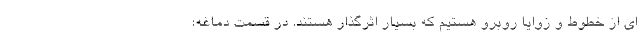
ای از خطوط و زوایا روبرو هستیم که بسیار اثرگذار هستند. در قسمت دماغه؛